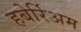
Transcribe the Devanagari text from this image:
हबेर्रिअम